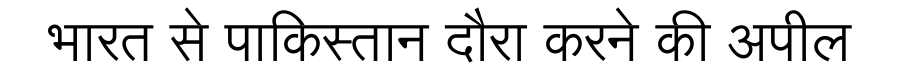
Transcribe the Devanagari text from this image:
भारत से पाकिस्तान दौरा करने की अपील